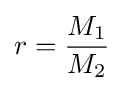
r={\frac {M_{1}}{M_{2}}}